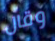
وقال